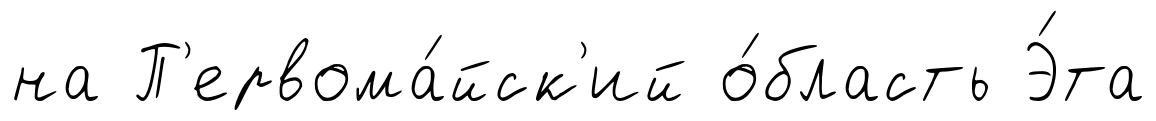
на П'ервома́йск'ий о́бласть Э́та